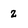
Character: Z